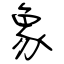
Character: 象